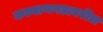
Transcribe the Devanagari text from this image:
कल्याणगडावरील